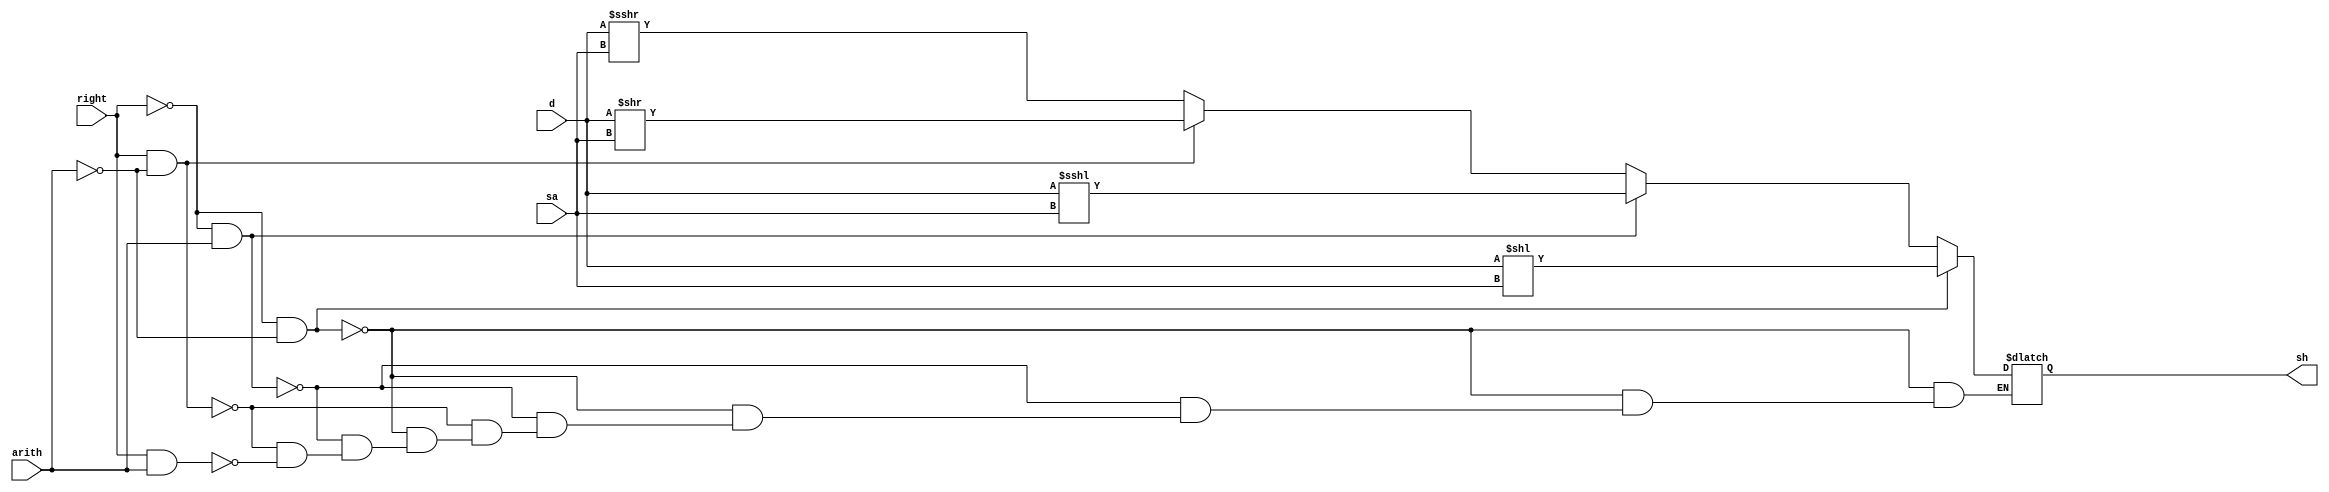
`timescale 1ns / 1ps

//logic ve aritmatik kaydirma durumlarinin analizi 
//sa ile kac bitlik oteleme yapilmasi gerektigi bulunur 32 bit --- 2^5
module barrel_shifter(d,sa,right,arith,sh);
	
	input [31 : 0] d;
	input [4 : 0]  sa;
	input right, arith;	
	
	output [31 : 0] sh;
	reg    [31 : 0] sh;
	
	always @* begin
		//sola kaydirma durumlarinin analizi
		if(!(right) && !(arith)) begin  	      //sola ve logical oteleme
			sh = d << sa; 
		end else if(!(right) && (arith)) begin    //sola ve aritmatik oteleme
			sh = $signed(d) <<< sa;
		end else if((right) && !(arith)) begin	  //saga ve logical oteleme 
			sh = d >> sa;
		end else if((right) && (arith)) begin    //saga ve aritmatik oteleme
			sh = $signed(d) >>> sa;
		end
	end
			
endmodule